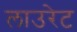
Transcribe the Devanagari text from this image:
लाउरेट